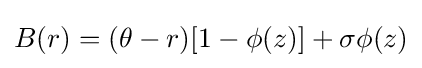
B(r)=(\theta -r)[1-\phi (z)]+\sigma \phi (z)